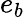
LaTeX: e_{b}